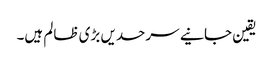
یقین جانیے سرحدیں بڑی ظالم ہیں۔